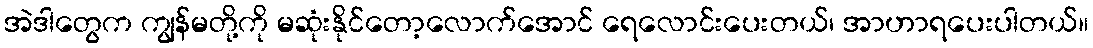
အဲဒါတွေက ကျွန်မတို့ကို မဆုံးနိုင်တော့လောက်အောင် ရေလောင်းပေးတယ်၊ အာဟာရပေးပါတယ်။